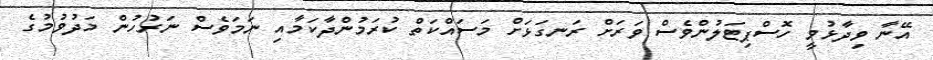
އޭނާ ވިދާޅުވީ ހޮސްޕިޓަލުންވެސް ވަރަށް ރަނގަޅަށް މަސައްކަތް ކުރަމުންދާކަމާއި ނަމަވެސް ނަރުހުން މަދުވުމުގެ